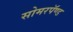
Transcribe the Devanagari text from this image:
सोमरपॅण्ड